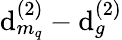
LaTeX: \mathrm{d}_{m_{q}}^{(2)}-\mathrm{d}_{g}^{(2)}